Annual vaccination report of Bihar and Orissa - 1911-1928
Year: 1911
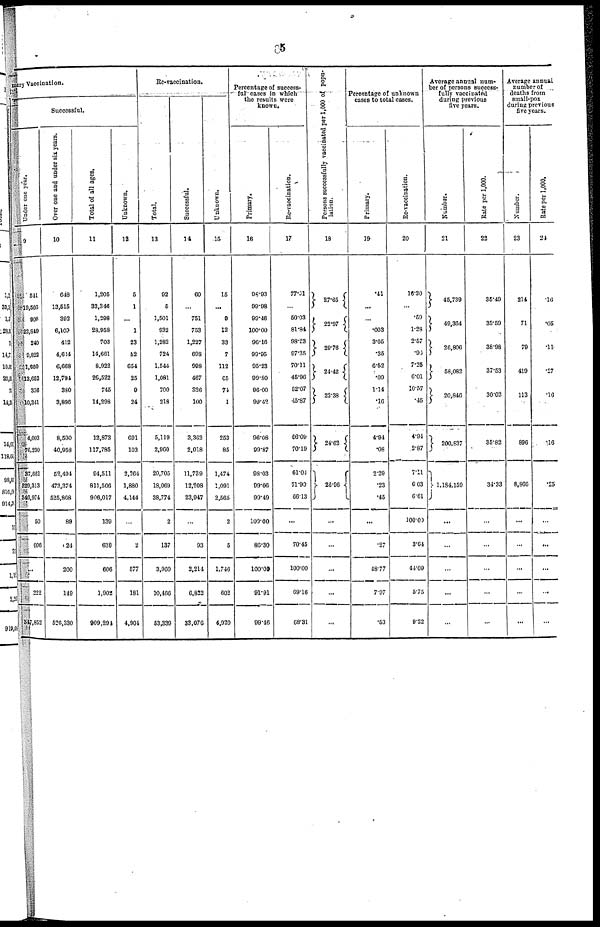
5
mary Vaccination.
Successful.
Under one year.
9
541
10,566
906
22,849
240
9,822
11,900
13,652
356
10,341
4,003
76,230
37,661
329,313
346,974
50
606
1
222
347,852
Over one and under six years.
10
648
13,515
392
6,109
412
4,614
6,668
12,794
380
3,898
8,500
40,958
52,494
473,374
525,866
89
24
200
149
526,330
Total of all ages.
11
1,205
33,346
1,298
28,958
703
14,661
8,922
26,522
745
14,298
12,873
117,785
94,511
811,506
906,017
139
630
606
1,902
909,294
Unknown.
12
5
1
...
1
23
52
654
25
9
24
691
103
2,204
1,880
4,144
...
2
577
181
4,904
Re-vaccination.
Total.
13
92
5
1,501
932
1,282
724
1,544
1,081
700
218
6,119
2,960
20,705
18,069
38,774
2
137
3,960
10,466
53,339
Successful.
14
60
...
751
753
1,227
698
998
467
326
100
3,362
2,018
11,739
12,208
23,947
...
93
2,214
6,832
33,076
Unknown.
15
15
...
9
12
33
7
112
65
74
1
253
85
1,474
1,091
2,565
2
5
1,746
602
4,920
Percentage of success-
ful cases in which
the results were
known.
Primary.
16
98.93
99.98
99.46
100.00
90.16
99.95
95.23
99.80
96.00
99.42
96.08
99.87
98.03
99.66
99.49
109.00
80.30
100.00
91.91
99.46
Re-vaccination.
17
77.91
...
50.03
81.84
98.23
97.35
70.11
45.96
52.07
45.87
66.09
70.19
61.04
71.90
66.13
...
70.45
100.00
69.16
68.31
Persons successfully vaccinated per 1,000 of popu-
lation.
18
27.65
22.97
29.76
21.42
22.38
24.62
26.96
...
...
...
...
...
Percentage of unknown
cases to total cases.
Primary.
19
.41
...
...
.003
3.05
.35
6.52
.09
1.14
.10
4.94
.08
2.29
.23
.45
...
.27
48.77
7.97
.53
Re-vaccination.
20
16.30
...
.59
1.28
2.57
.90
7.25
6.01
10.57
.45
4.94
2.87
7.11
6.03
6.61
100.00
3.64
44.09
5.75
9.22
Average annual num-
ber of persons success-
fully vaccinated
during previous
five years.
Number.
21
45,739
49,364
26,806
58,082
20,846
200,837
1,184,159
...
...
...
...
...
Rate per 1,000.
22
35.49
35.59
38.98
37.53
30.02
35.82
34.33
...
...
...
...
...
Average annual
number of
deaths from
small-pox
during previous
five years.
Number.
23
214
71
70
419
113
896
8,966
...
...
...
...
...
Rate per 1,000.
24
.16
.05
.11
.27
.16
.16
.25
...
...
...
...
...